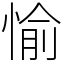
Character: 愉